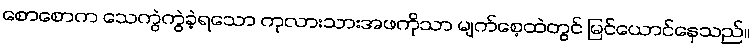
စောစောက သေကွဲကွဲခဲ့ရသော ကုလားသားအဖကိုသာ မျက်စေ့ထဲတွင် မြင်ယောင်နေသည်။